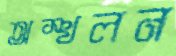
অস্খলন